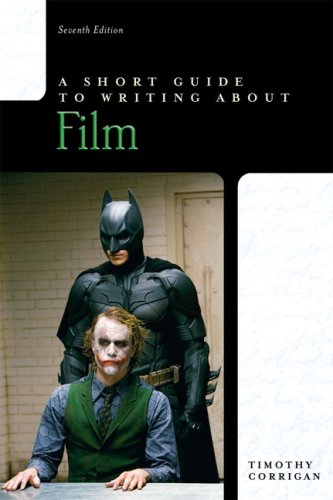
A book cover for Short Guide to Writing about Film, A (7th Edition); Timothy Corrigan; Humor & Entertainment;